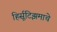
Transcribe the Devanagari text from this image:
हिर्सूटिझमाचे